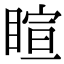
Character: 睻